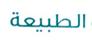
الطبيعة